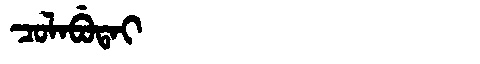
Manchu: ᠴᠣᠯᠠᠪᡠᡨᠠᡳ
Romanization: COLABUTAI